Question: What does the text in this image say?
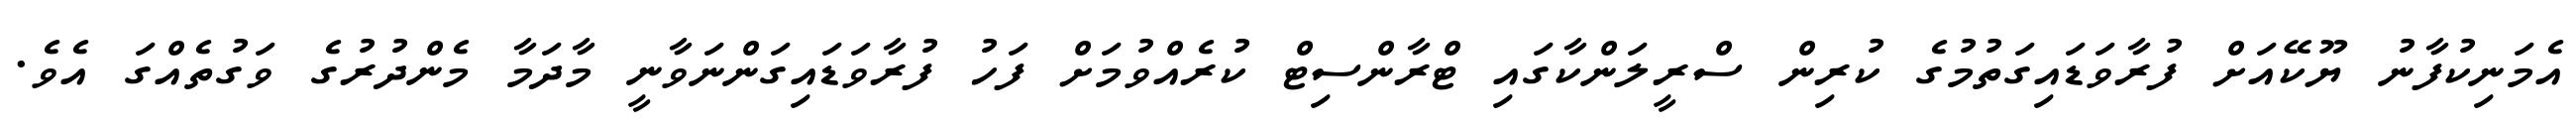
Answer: އެމަނިކުފާނު ޔޫކޭއަށް ފުރާވަޑައިގަތުމުގެ ކުރިން ސްރީލަންކާގައި ޓްރާންސިޓް ކުރެއްވުމަށް ފަހު ފުރާވަޑައިގަންނަވާނީ މާދަމާ މެންދުރުގެ ވަގުތެއްގަ އެވެ.